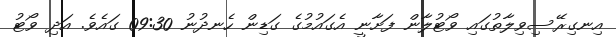
އިނގިރޭސިވިލާތުގައި ވޯޓުލާން ފަށާނީ އެގައުމުގެ ގަޑިން ހެނދުނު 09:30 ގައެވެ. އަދި ވޯޓު